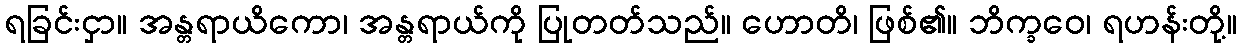
ရခြင်းငှာ။ အန္တရာယိကော၊ အန္တရာယ်ကို ပြုတတ်သည်။ ဟောတိ၊ ဖြစ်၏။ ဘိက္ခဝေ၊ ရဟန်းတို့။